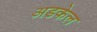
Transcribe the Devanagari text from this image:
अडकेल